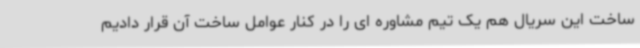
ساخت این سریال هم یک تیم مشاوره ای را در کنار عوامل ساخت آن قرار دادیم